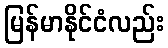
မြန်မာနိုင်ငံလည်း